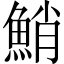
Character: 鮹